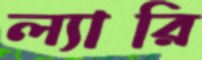
ল্যারি